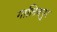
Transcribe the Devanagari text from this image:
गालिवपुर